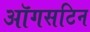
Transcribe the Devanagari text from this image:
ऑगसटिन